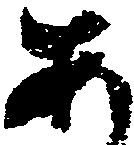
あ